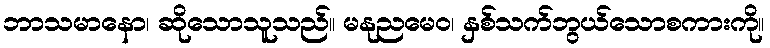
ဘာသမာနော၊ ဆိုသောသူသည်။ မနုညမေဝ၊ နှစ်သက်ဘွယ်သောစကားကို။